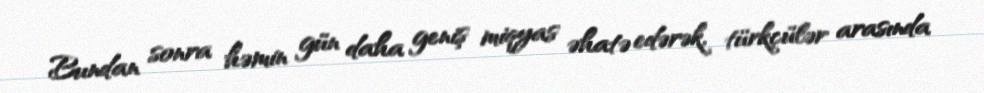
Bundan sonra həmin gün daha geniş miqyas əhatə edərək, türkçülər arasında